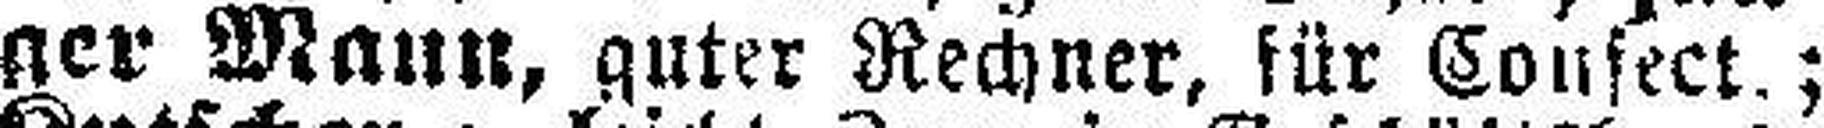
ger Mann, guter Rechner, für Confect.;